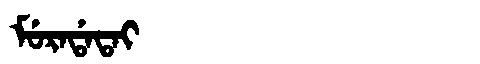
Manchu: ᠮᡠᡵᠠᡩᠠᡨᠠᡳ
Romanization: MURADATAI